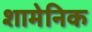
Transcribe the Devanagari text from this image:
शामेनिक